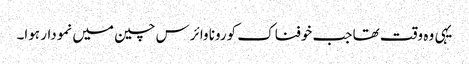
یہی وہ وقت تھا جب خوفناک کورونا وائرس چین میں نمودار ہوا۔